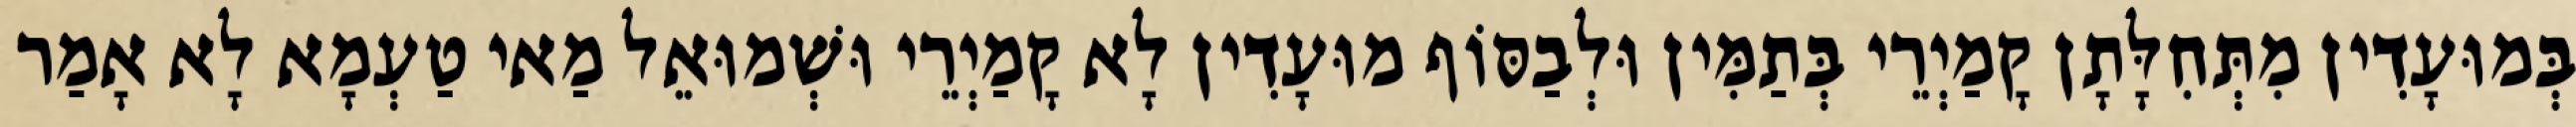
בְּמוּעָדִין מִתְּחִלָּתָן קָמַיְרֵי בְּתַמִּין וּלְבַסּוֹף מוּעָדִין לָא קָמַיְרֵי וּשְׁמוּאֵל מַאי טַעְמָא לָא אָמַר